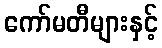
ကော်မတီများနှင့်